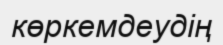
көркемдеудің